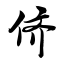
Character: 侪